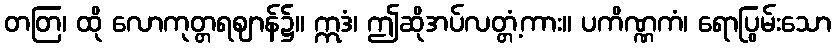
တတြ၊ ထို လောကုတ္တရဈာန်၌။ ဣဒံ၊ ဤဆိုအပ်လတ္တံ့ကား။ ပကိဏ္ဏကံ၊ ရောပြွမ်းသော